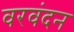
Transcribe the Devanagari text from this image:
वरवंदन